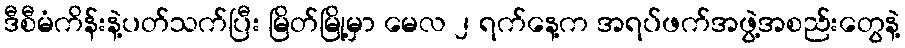
ဒီစီမံကိန်းနဲ့ပတ်သက်ပြီး မြိတ်မြို့မှာ မေလ ၂ ရက်နေ့က အရပ်ဖက်အဖွဲ့အစည်းတွေနဲ့